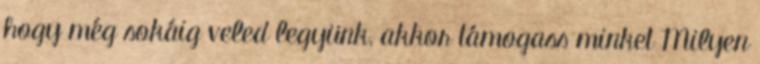
hogy még sokáig veled legyünk, akkor támogass minket Milyen